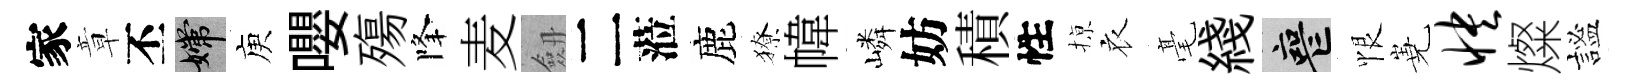
家章丕嫦庾嚶殤降麦劔二蒞鹿獠幃嶙妨積性𢱊衣毫綫喪恨嶤怏燦謐